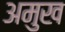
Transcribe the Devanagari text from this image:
अमुख